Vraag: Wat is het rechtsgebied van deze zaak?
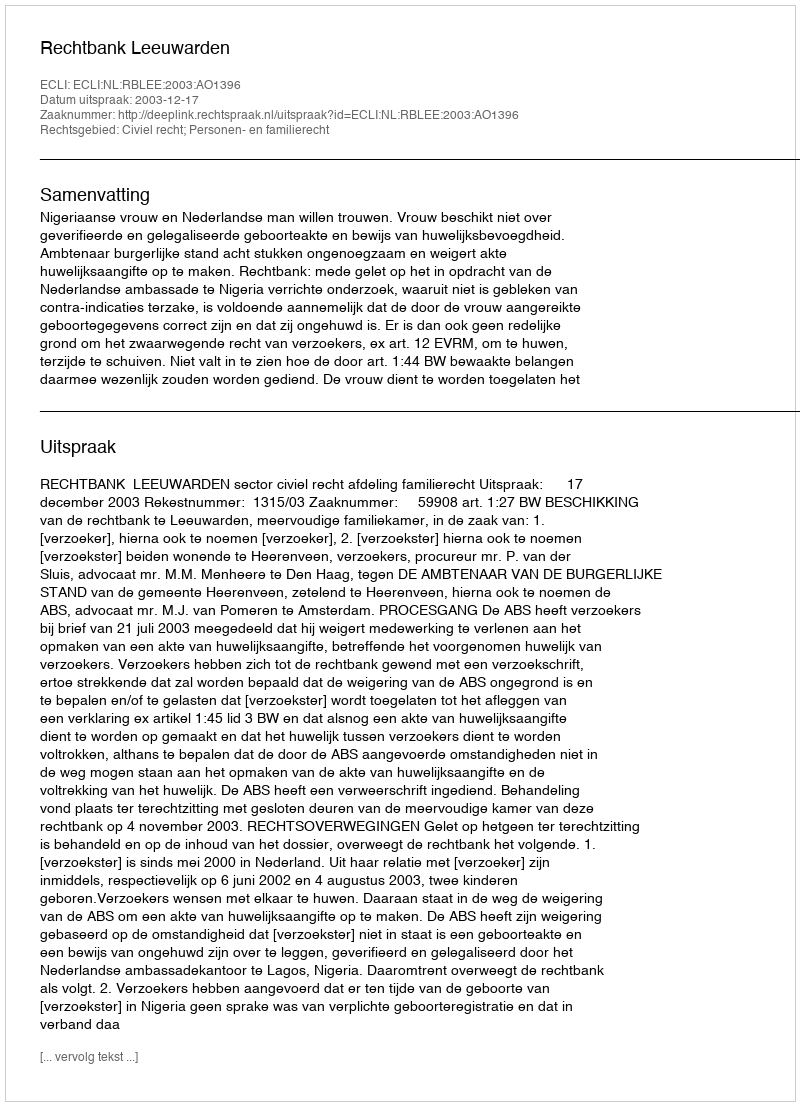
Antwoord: Civiel recht; Personen- en familierecht